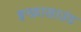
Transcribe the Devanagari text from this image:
इन्फ्रासाउंड